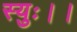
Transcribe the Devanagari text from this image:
स्युः।।